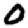
Digit: 0